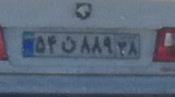
۵۴ن۸۸۹۲۸